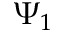
\Psi _ { 1 }